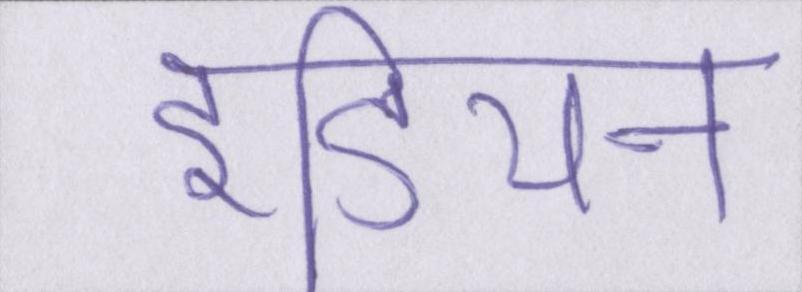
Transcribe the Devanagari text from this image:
इंडियन